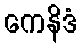
ကေနိဒံ